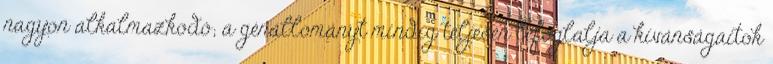
nagyon alkalmazkodó; a génállományt mindig teljesen lefoglalja a kívánságaitok